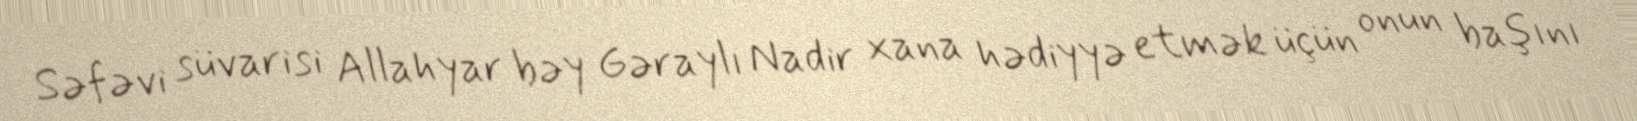
Səfəvi süvarisi Allahyar bəy Gəraylı Nadir xana hədiyyə etmək üçün onun başını